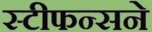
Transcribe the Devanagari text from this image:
स्टीफन्सने